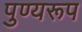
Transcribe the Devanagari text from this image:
पुण्यरूप